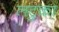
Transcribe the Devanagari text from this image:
लटुका